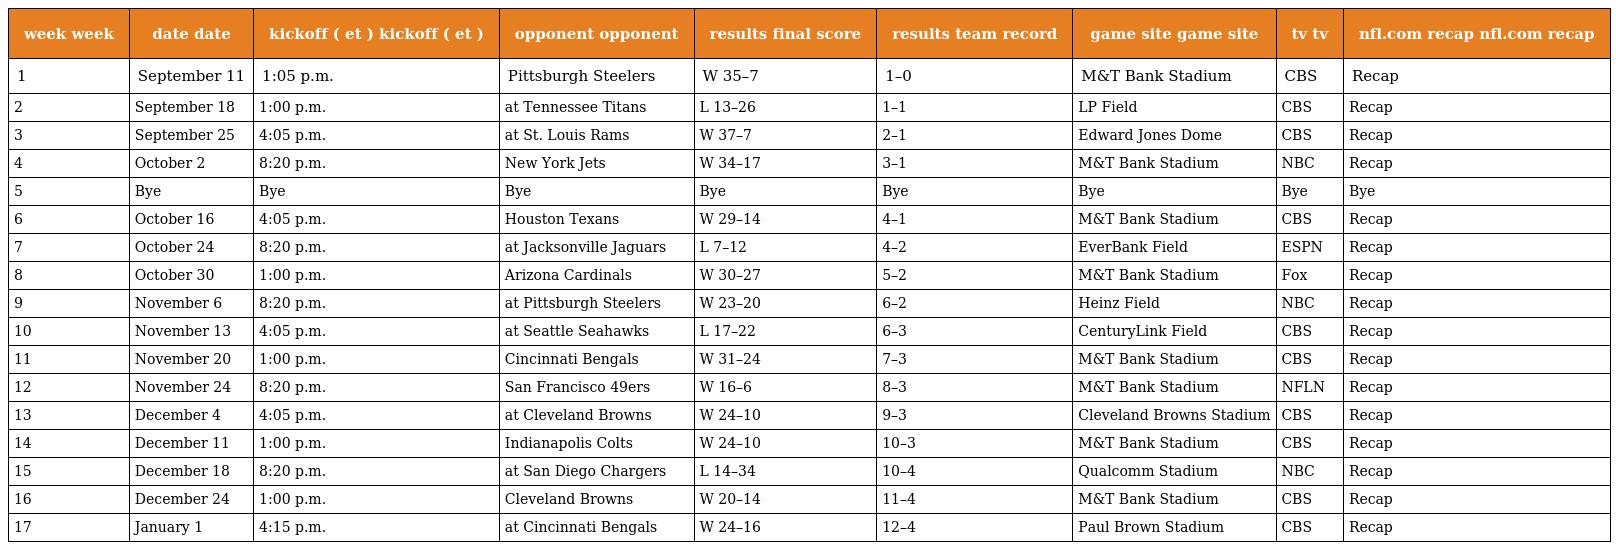
| week week | date date | kickoff ( et ) kickoff ( et ) | opponent opponent | results final score | results team record | game site game site | tv tv | nfl.com recap nfl.com recap |
 | --- | --- | --- | --- | --- | --- | --- | --- | --- |
 | 1 | September 11 | 1:05 p.m. | Pittsburgh Steelers | W 35–7 | 1–0 | M&T Bank Stadium | CBS | Recap |
 | 2 | September 18 | 1:00 p.m. | at Tennessee Titans | L 13–26 | 1–1 | LP Field | CBS | Recap |
 | 3 | September 25 | 4:05 p.m. | at St. Louis Rams | W 37–7 | 2–1 | Edward Jones Dome | CBS | Recap |
 | 4 | October 2 | 8:20 p.m. | New York Jets | W 34–17 | 3–1 | M&T Bank Stadium | NBC | Recap |
 | 5 | Bye | Bye | Bye | Bye | Bye | Bye | Bye | Bye |
 | 6 | October 16 | 4:05 p.m. | Houston Texans | W 29–14 | 4–1 | M&T Bank Stadium | CBS | Recap |
 | 7 | October 24 | 8:20 p.m. | at Jacksonville Jaguars | L 7–12 | 4–2 | EverBank Field | ESPN | Recap |
 | 8 | October 30 | 1:00 p.m. | Arizona Cardinals | W 30–27 | 5–2 | M&T Bank Stadium | Fox | Recap |
 | 9 | November 6 | 8:20 p.m. | at Pittsburgh Steelers | W 23–20 | 6–2 | Heinz Field | NBC | Recap |
 | 10 | November 13 | 4:05 p.m. | at Seattle Seahawks | L 17–22 | 6–3 | CenturyLink Field | CBS | Recap |
 | 11 | November 20 | 1:00 p.m. | Cincinnati Bengals | W 31–24 | 7–3 | M&T Bank Stadium | CBS | Recap |
 | 12 | November 24 | 8:20 p.m. | San Francisco 49ers | W 16–6 | 8–3 | M&T Bank Stadium | NFLN | Recap |
 | 13 | December 4 | 4:05 p.m. | at Cleveland Browns | W 24–10 | 9–3 | Cleveland Browns Stadium | CBS | Recap |
 | 14 | December 11 | 1:00 p.m. | Indianapolis Colts | W 24–10 | 10–3 | M&T Bank Stadium | CBS | Recap |
 | 15 | December 18 | 8:20 p.m. | at San Diego Chargers | L 14–34 | 10–4 | Qualcomm Stadium | NBC | Recap |
 | 16 | December 24 | 1:00 p.m. | Cleveland Browns | W 20–14 | 11–4 | M&T Bank Stadium | CBS | Recap |
 | 17 | January 1 | 4:15 p.m. | at Cincinnati Bengals | W 24–16 | 12–4 | Paul Brown Stadium | CBS | Recap |